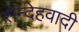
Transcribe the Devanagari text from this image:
सन्देहवादी